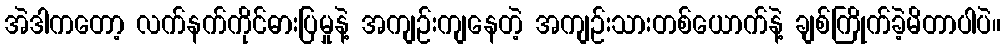
အဲဒါကတော့ လက်နက်ကိုင်ဓားပြမှုနဲ့ အကျဉ်းကျနေတဲ့ အကျဉ်းသားတစ်ယောက်နဲ့ ချစ်ကြိုက်ခဲ့မိတာပါပဲ။